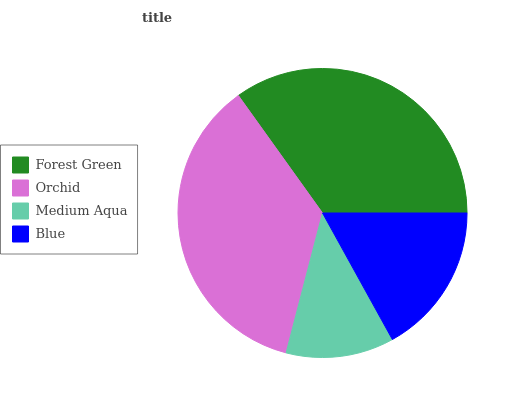
| Forest Green | Orchid | Medium Aqua | Blue |
 | --- | --- | --- | --- |
 | 34.8% | 36.1% | 12.1% | 17% |